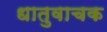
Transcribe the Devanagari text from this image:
धातुवाचक